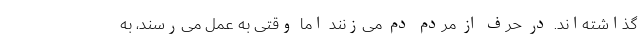
گذاشته‌اند. در حرف از مردم دم می‌زنند اما وقتی به عمل می‌رسند، به